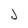
Character: J